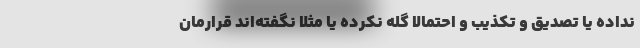
نداده یا تصدیق و تکذیب و احتمالا گله نکرده یا مثلا نگفته‌اند قرارمان